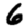
Digit: 6